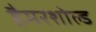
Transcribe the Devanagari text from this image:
हैमरशोल्ड